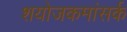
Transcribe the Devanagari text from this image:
शयोजकमांसर्क